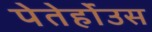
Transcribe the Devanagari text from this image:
पेतेर्होउस